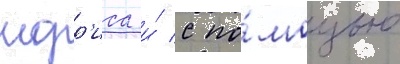
морр'иса и́ с по́мощью